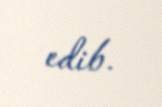
edib.